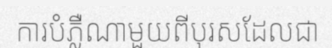
ការបំភ្លឺណាមួយពីបុរសដែលជា